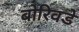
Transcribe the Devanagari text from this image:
बोरिवडे